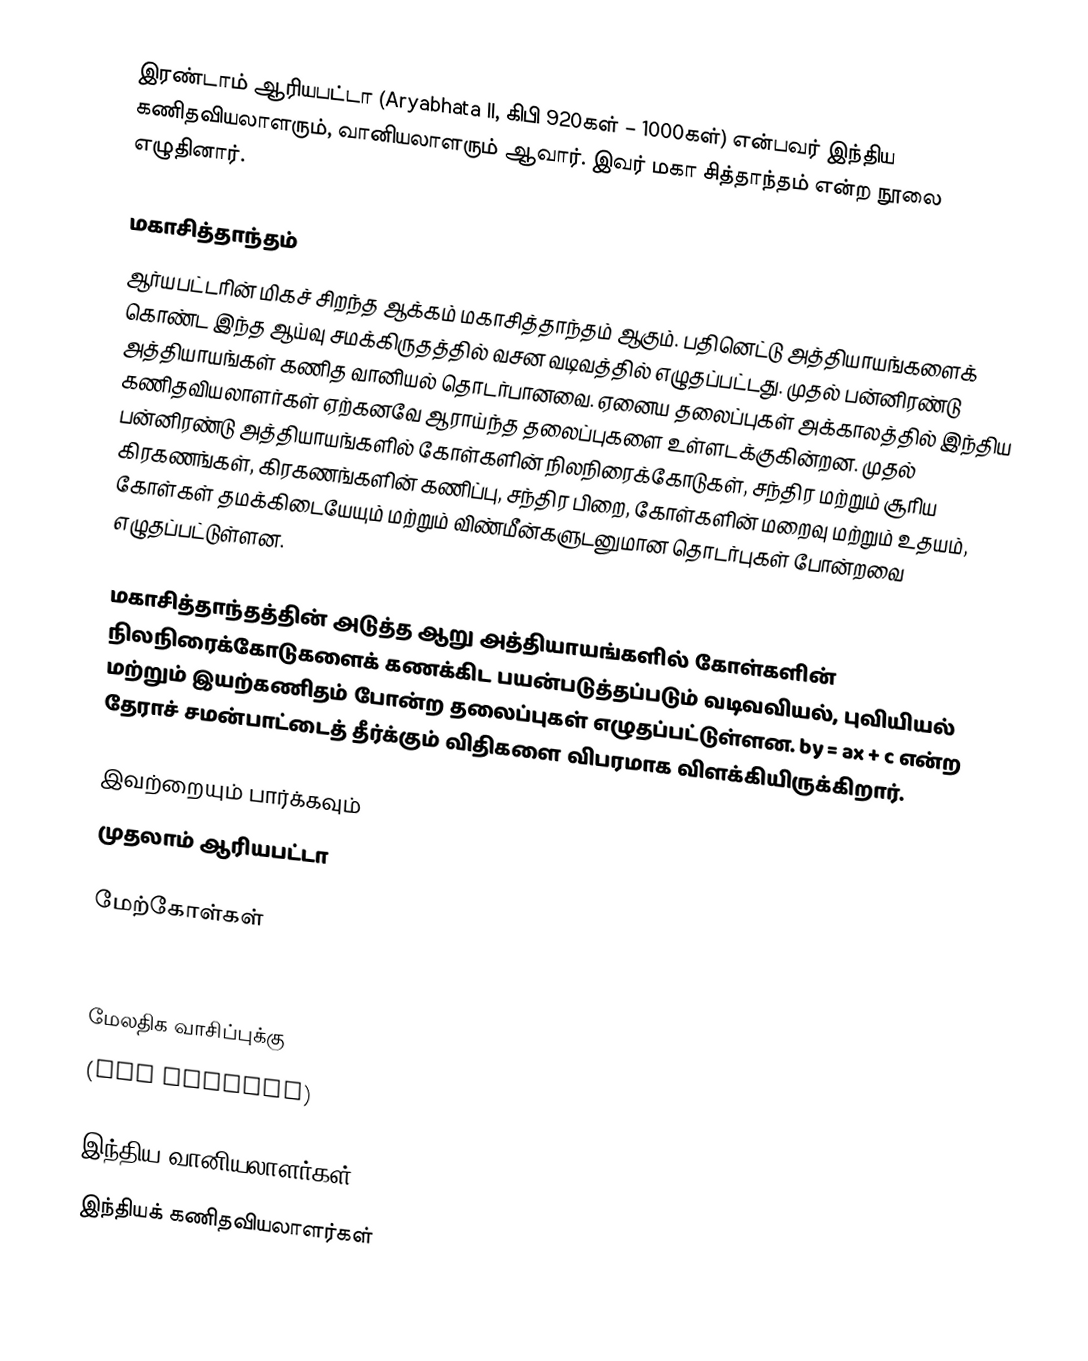
இரண்டாம் ஆரியபட்டா (Aryabhata II, கிபி 920கள் – 1000கள்) என்பவர் இந்திய கணிதவியலாளரும், வானியலாளரும் ஆவார். இவர் மகா சித்தாந்தம் என்ற நூலை எழுதினார்.

மகாசித்தாந்தம்
ஆர்யபட்டரின் மிகச் சிறந்த ஆக்கம் மகாசித்தாந்தம் ஆகும். பதினெட்டு அத்தியாயங்களைக் கொண்ட இந்த ஆய்வு சமக்கிருதத்தில் வசன வடிவத்தில் எழுதப்பட்டது. முதல் பன்னிரண்டு அத்தியாயங்கள் கணித வானியல் தொடர்பானவை. ஏனைய தலைப்புகள் அக்காலத்தில் இந்திய கணிதவியலாளர்கள் ஏற்கனவே ஆராய்ந்த தலைப்புகளை உள்ளடக்குகின்றன. முதல் பன்னிரண்டு அத்தியாயங்களில் கோள்களின் நிலநிரைக்கோடுகள், சந்திர மற்றும் சூரிய கிரகணங்கள், கிரகணங்களின் கணிப்பு, சந்திர பிறை, கோள்களின் மறைவு மற்றும் உதயம், கோள்கள் தமக்கிடையேயும் மற்றும் விண்மீன்களுடனுமான தொடர்புகள் போன்றவை எழுதப்பட்டுள்ளன.

மகாசித்தாந்தத்தின் அடுத்த ஆறு அத்தியாயங்களில் கோள்களின் நிலநிரைக்கோடுகளைக் கணக்கிட பயன்படுத்தப்படும் வடிவவியல், புவியியல் மற்றும் இயற்கணிதம் போன்ற தலைப்புகள் எழுதப்பட்டுள்ளன. by = ax + c என்ற தேராச் சமன்பாட்டைத் தீர்க்கும் விதிகளை விபரமாக விளக்கியிருக்கிறார்.

இவற்றையும் பார்க்கவும்
 முதலாம் ஆரியபட்டா

மேற்கோள்கள்
O'Connor, John J.; Robertson, Edmund F., Aryabhata II, MacTutor History of Mathematics archive, University of St Andrews.

மேலதிக வாசிப்புக்கு
  (PDF version)

இந்திய வானியலாளர்கள்
இந்தியக் கணிதவியலாளர்கள்